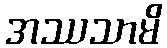
အဿသာမိ